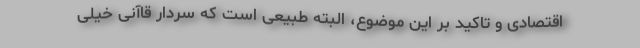
اقتصادی و تاکید بر این موضوع، البته طبیعی است که سردار قاآنی خیلی